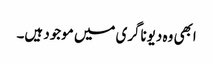
ابھی وہ دیوناگری میں موجود ہیں۔